Document type: Grant
Year: 1403
Scribe: Berenguer Pedrosell
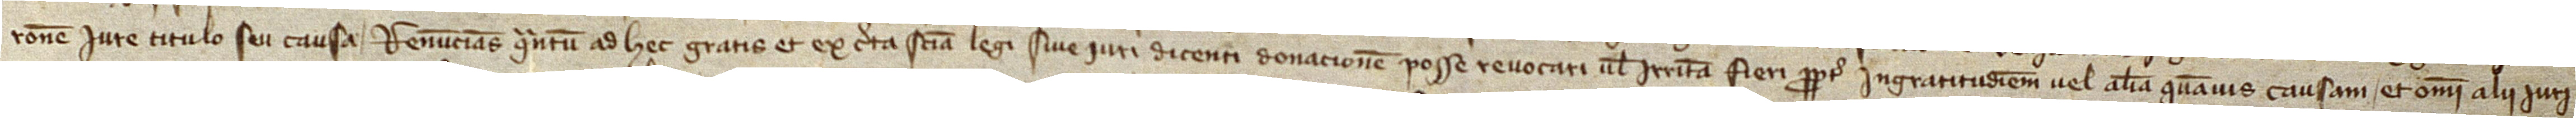
racione, iure, titulo seu causa. Renuncians quantum ad hec gratis et ex certa sciencia legi sive iuri dicenti donacionem posse revocari vel irritam fieri propter ingratitudinem vel aliam quamvis causam, et omni alii iuri,